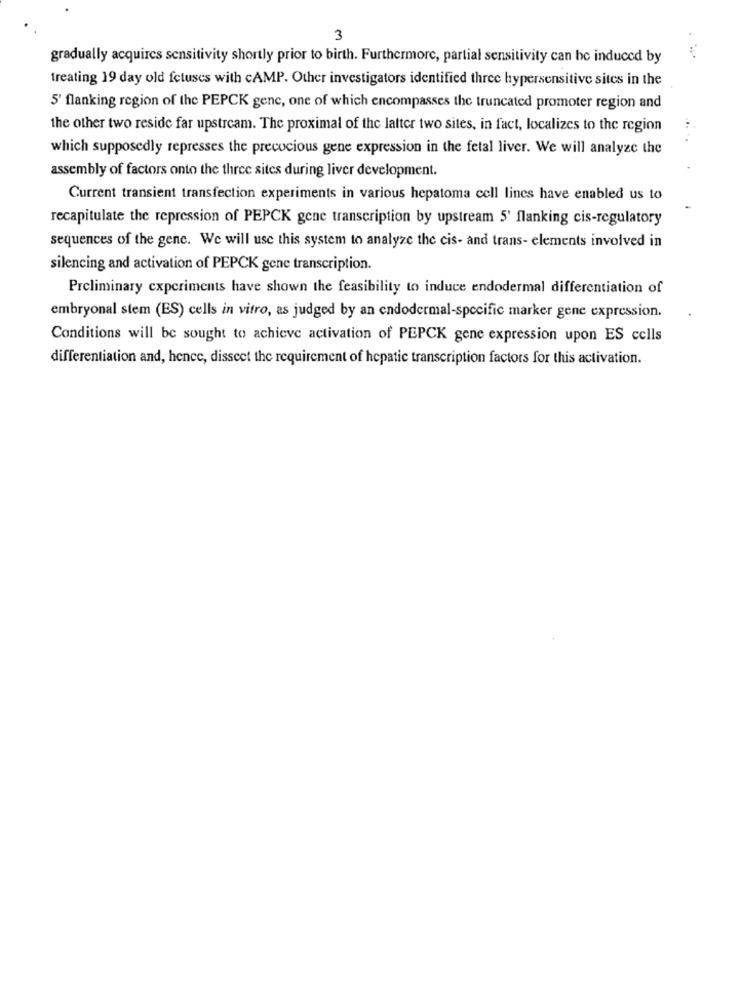
3
gradually acquires sensitivity shortly prior to birth. Furthermore, partial sensitivity can be induced by
treating 19 day old fetuses with cAMP. Other investigators identified three hypersensitive sites in the
5' flanking region of the PEPCK gene, one of which encompasses the truncated promoter region and
the other two reside far upstream. The proximal of the latter two sites, in fact, localizes to the region
which supposedly represses the precocious gene expression in the fetal liver. We will analyze the
assembly of factors onto the three sites during liver development.
Current transient transfection experiments in various hepatoma cell lines have enabled us to
recapitulate the repression of PEPCK gene transcription by upstream 5' flanking cis-regulatory
sequences of the gene. We will use this system to analyze the cis- and trans- elements involved in
silencing and activation of PEPCK gene transcription.
Preliminary experiments have shown the feasibility to induce endodermal differentiation of
embryonal stem (ES) cells in vitro, as judged by an endodermal-specific marker gene expression.
Conditions will be sought to achieve activation of PEPCK gene expression upon ES cells
differentiation and, hence, disseet the requirement of hepatic transcription factors for this activation.